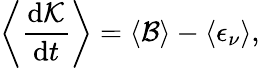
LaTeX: \left\langle\frac{\mathrm{d\mathcal{K}}}{\mathrm{d}t}\right\rangle=\left\langle\mathcal{B}\right\rangle-\left\langle\epsilon_{\nu}\right\rangle,